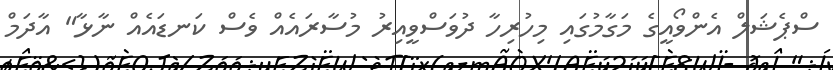
ސްޕެޝަލް އެންވޯއީގެ މަގާމުގައި މިހުރިހާ ދުވަސްވީއިރު މުސާރައެއް ވެސް ކަނޑައެއް ނާޅާ" އާދަމް